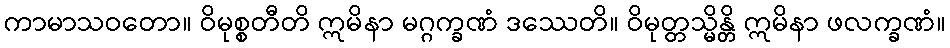
ကာမာသဝတော။ ဝိမုစ္စတီတိ ဣမိနာ မဂ္ဂက္ခဏံ ဒဿေတိ။ ဝိမုတ္တသ္မိန္တိ ဣမိနာ ဖလက္ခဏံ။